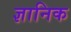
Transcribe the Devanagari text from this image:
ज्ञानिक